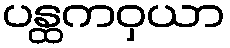
ပန္ထကဝှယာ